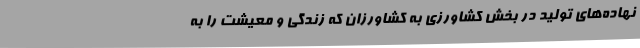
نهاده‌های تولید در بخش کشاورزی به کشاورزان که زندگی و معیشت را به